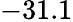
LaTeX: -31.1